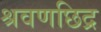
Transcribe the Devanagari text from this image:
श्रवणछिद्र